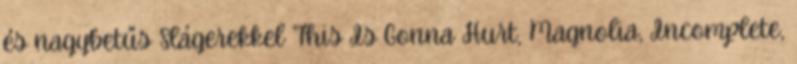
és nagybetűs Slágerekkel This Is Gonna Hurt, Magnolia, Incomplete,